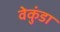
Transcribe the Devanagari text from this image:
वेकुंडा